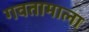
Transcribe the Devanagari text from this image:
गवतामाला